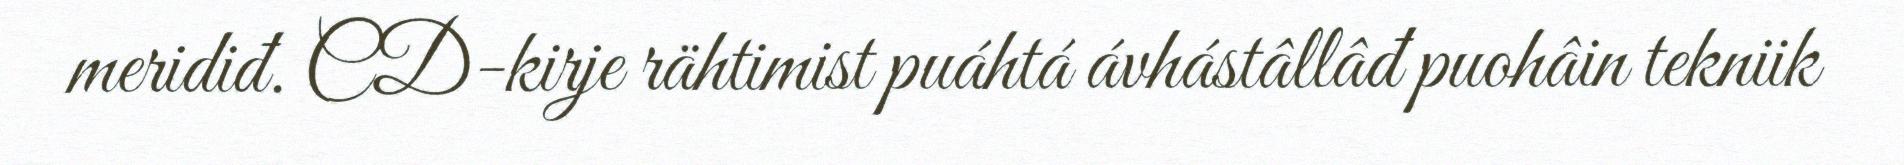
meridiđ. CD-kirje rähtimist puáhtá ávhástâllâđ puohâin tekniik